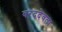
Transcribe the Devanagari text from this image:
वरददेवता